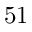
5 1